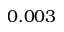
0 . 0 0 3